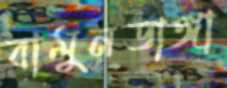
বামুনডাঙ্গা